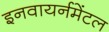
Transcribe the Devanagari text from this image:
इनवायर्नमेंटल